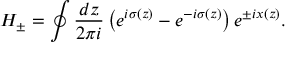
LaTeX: H _ { \pm } = \oint \frac { d z } { 2 \pi i } \left( e ^ { i \sigma ( z ) } - e ^ { - i \sigma ( z ) } \right) e ^ { \pm i x ( z ) } .